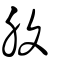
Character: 腹